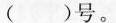
()号。